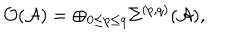
{ \mathcal { O ( A ) } } = \oplus _ { 0 \leq p \leq q } \Sigma ^ { ( p , q ) } ( \mathcal { A } ) ,